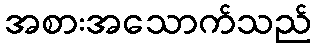
အစားအသောက်သည်